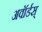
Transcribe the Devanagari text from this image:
अवॉर्डस्